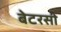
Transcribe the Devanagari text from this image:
बेटरसी